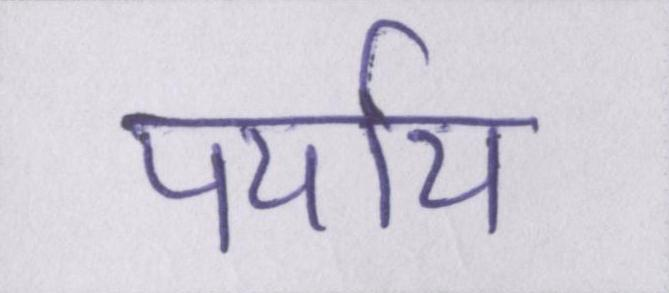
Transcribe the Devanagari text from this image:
पर्याय